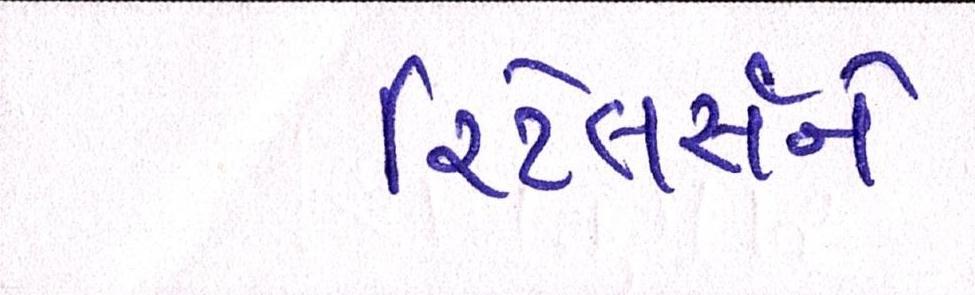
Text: રિટેલર્સને